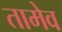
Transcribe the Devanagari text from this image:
तामेव